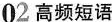
02高频短语。